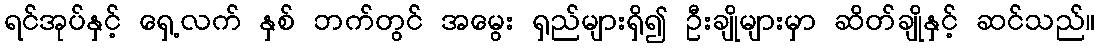
ရင်အုပ်နှင့် ရှေ့လက် နှစ် ဘက်တွင် အမွေး ရှည်များရှိ၍ ဦးချိုများမှာ ဆိတ်ချိုနှင့် ဆင်သည်။